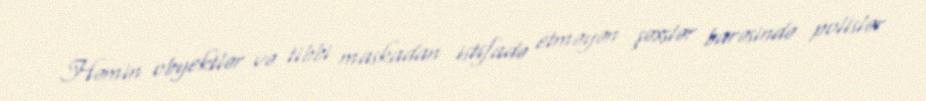
Həmin obyektlər və tibbi maskadan istifadə etməyən şəxslər barəsində polislər